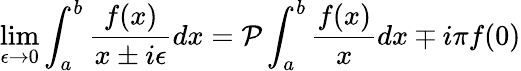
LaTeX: \operatorname*{lim}_{\epsilon\to 0}\int_{a}^{b}\frac{f(x)}{x\pm i\epsilon}dx=\mathcal{P}\int_{a}^{b}\frac{f(x)}{x}dx\mp i\pi f(0)